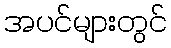
အပင်များတွင်